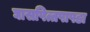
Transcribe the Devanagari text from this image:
घासपित्तपापडा